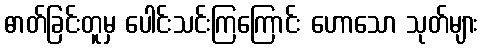
ဓာတ်ခြင်းတူမှ ပေါင်းသင်းကြကြောင်း ဟောသော သုတ်များ